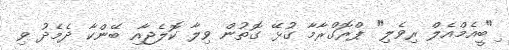
ި"ބީއެމްއެލް ރިވެލި" ޕްރޮގްރާމާ ގުޅޭ ގޮތުން ވިލާ ކޮލެޖާއި ބޭންކާ ދެމެދު ވި